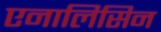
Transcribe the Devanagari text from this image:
एनालिसिन